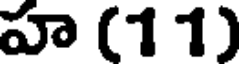
హ (1 1)